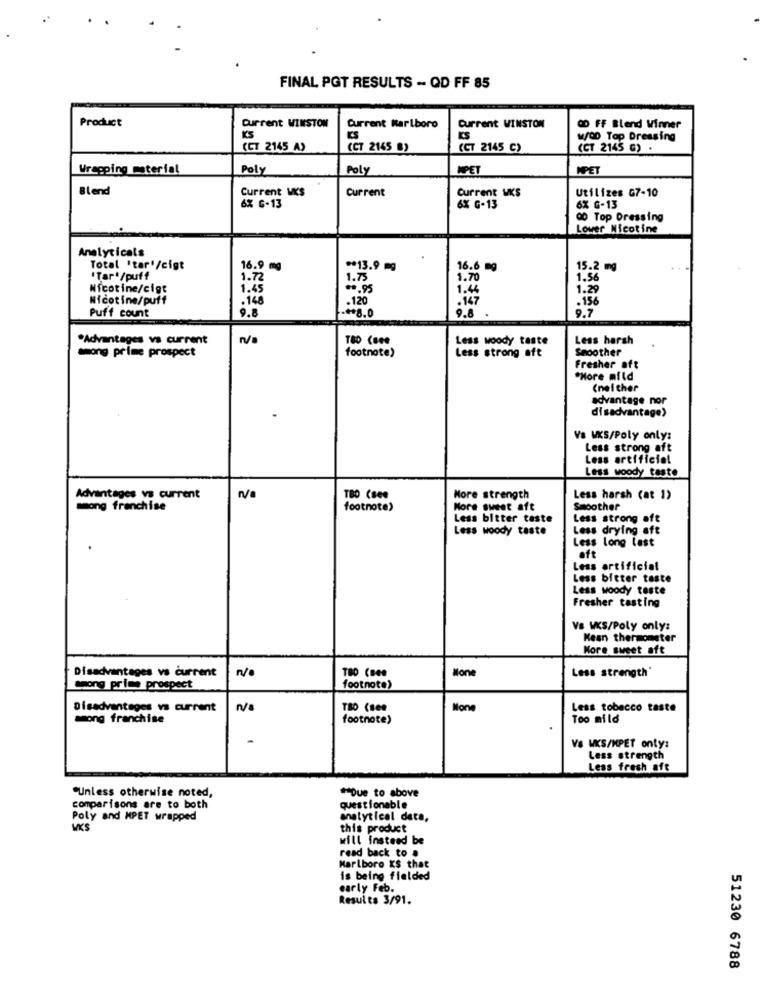
FINAL PGT RESULTS - QD FF 85
Product
Current Marlboro
Current WINSTON
Current WINSTON
OD FF Blend Winner
KS
WOD Top Dressing
(CT 2145 A)
(CT 2145 B)
(CT 2145 C)
(CT 2145 G) .
Wrapping material
Poly
Poly
MPET
MPET
Blend
Current Ws
Current
Current UKS
Utilizes G7-10
6% G-13
6% G-13
6X G-13
00 Top Dressing
Lower Nicotine
Analyticals
Total 'tar'/cigt
16.9 mg
** 13.9 mg
16.6 mg
15.2 mg
'Tar*/puff
1.72
1.7
1.70
1.56
Nicotine/cigt
1.45
**. 95
1.44
1.29
Nicotine/puff
.148
.120
.147
.156
Puff count
9.8
.++8.0
9.8
9.7
"Advantages va current
Less woody taste
Less harsh
footnote)
Smoother
among prime prospect
Less strong oft
Fresher aft
*Hore mild
(neither
advantage nor
disadvantage)
Vs WKS/Poly only:
Less strong aft
Less artificiel
Less woody taste
Advantages vs current
TBO Cses
More strength
Less harsh (at 1)
among franchise
footnote>
More sweet aft
Smoother
Less bitter taste
Less strong aft
Less woody taste
Less drying aft
Less long last
oft
Less artificial
Less bitter taste
Less woody teste
Fresher tasting
VB WKS/Poly only:
Mean thermometer
More sweet aft
Disadvantages vs current
Mon
Less strength
among prime prospect
footnote)
Disadvantages vs current
n/a
TBO (see
Mone
Less tobacco taste
among franchise
footnote)
Too mild
V& WKS/MPET onty:
Less strength
Less fresh aft
"Unless otherwise noted,
*Due to above
comparisons are to both
questionable
Poly and MPET wrapped
analytical data,
VKS
this product
will Instead be
read back to .
Marlboro X$ that
is being fielded
early Feb.
Results 3/91.
51230 6788